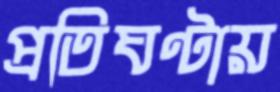
প্রতিঘণ্টায়